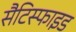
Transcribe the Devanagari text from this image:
सैटिस्फाइड